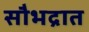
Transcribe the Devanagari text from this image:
सौभद्रात